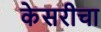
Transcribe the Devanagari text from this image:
केसरीचा